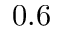
0 . 6